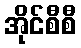
အိုင်စီစီ